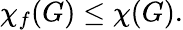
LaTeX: \chi_{f}(G)\leq\chi(G).